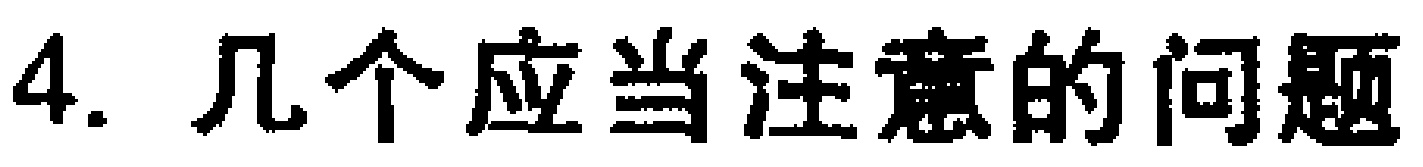
4. 几个应当注意的问题